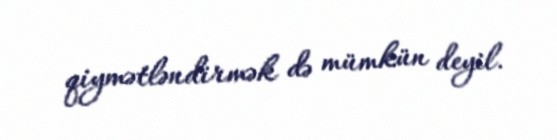
qiymətləndirmək də mümkün deyil.